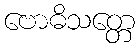
ဗောဓိသတ္တေ